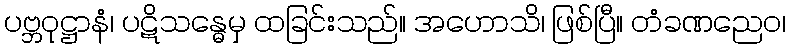
ပဗ္ဘဝုဋ္ဌာနံ၊ ပဋိသန္ဓေမှ ထခြင်းသည်။ အဟောသိ၊ ဖြစ်ပြီ။ တံခဏညေဝ၊